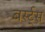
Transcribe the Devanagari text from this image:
बर्स्ट्‌स